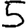
Digit: 5